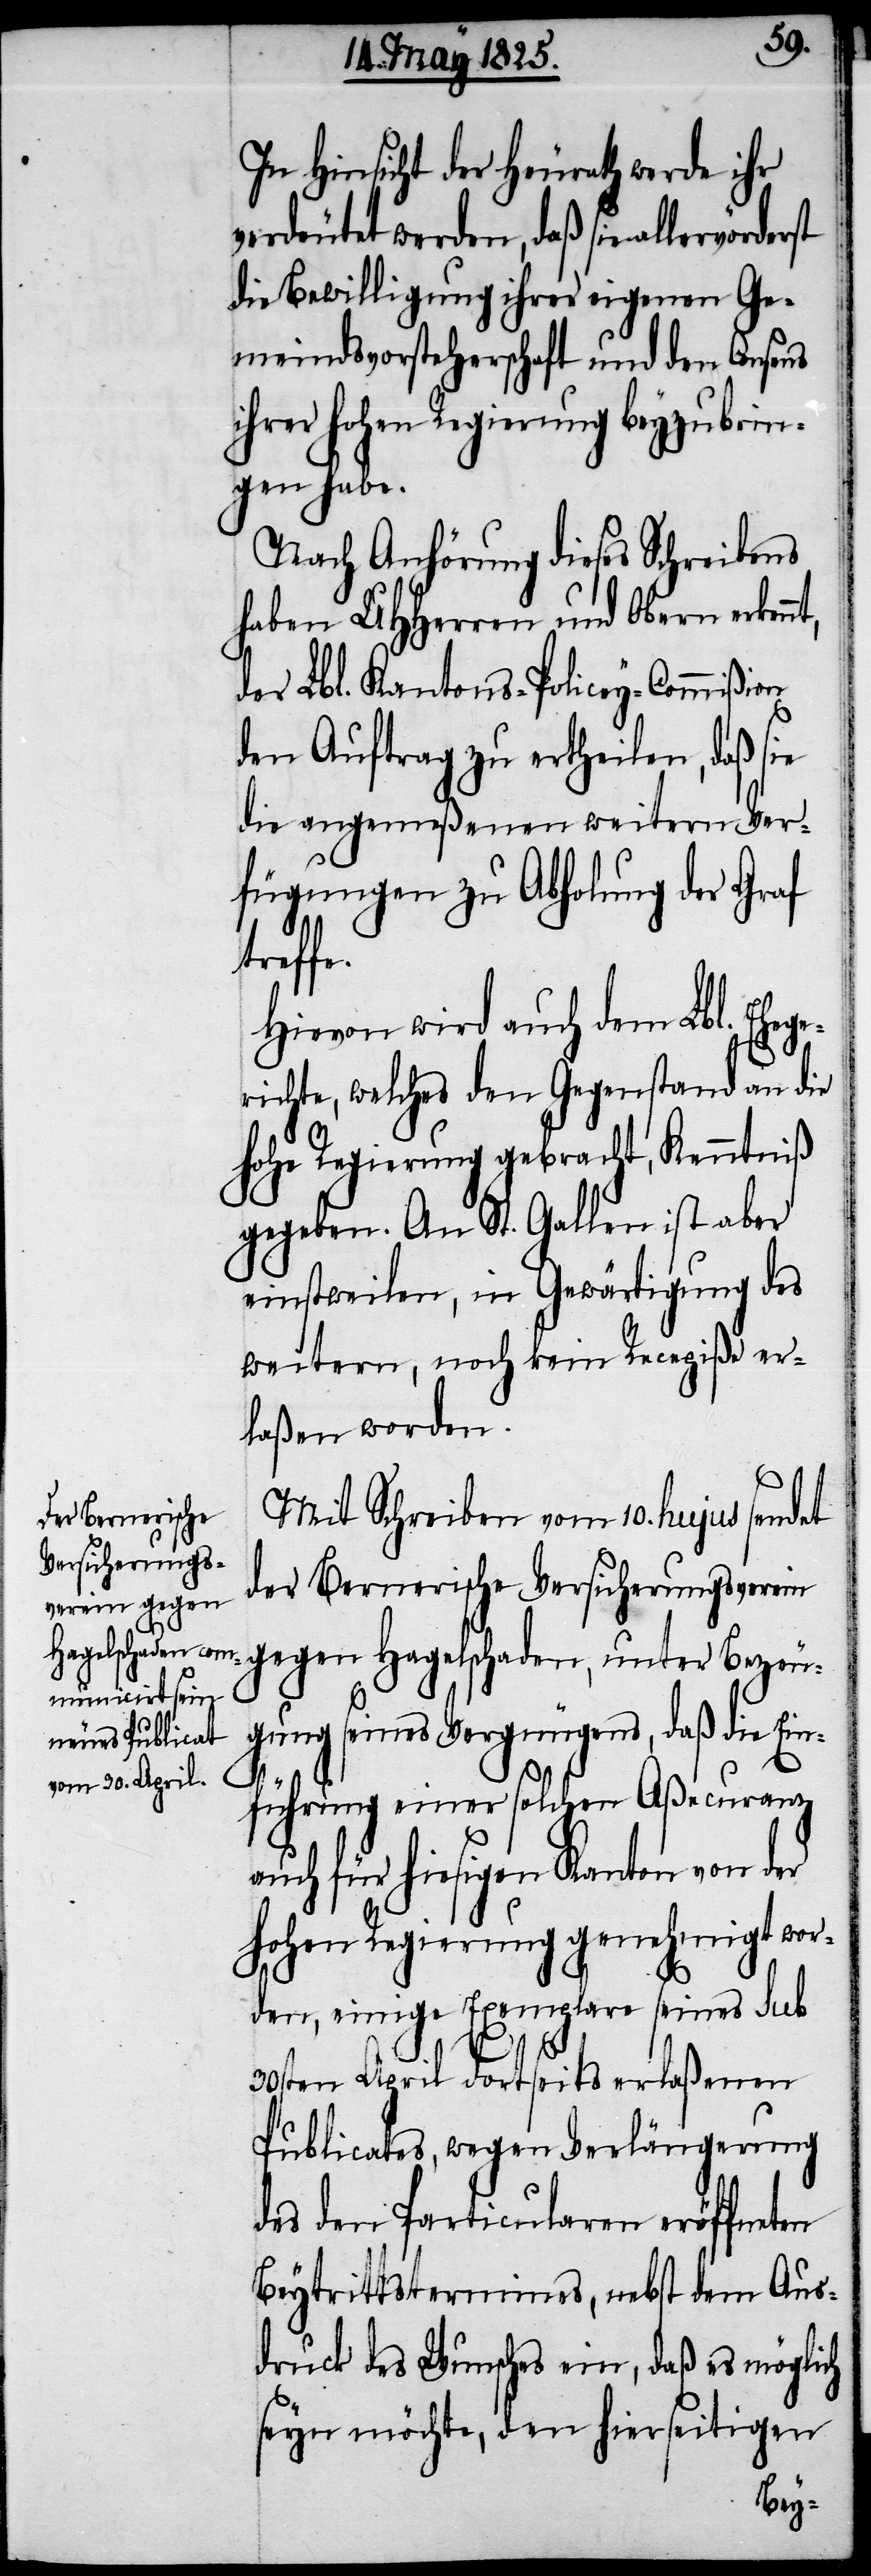
In Hinsicht der Heurath werde ihr
verdeutet werden, daß sie allervörder¬
die Bewilligung ihrer eigenen Ge¬
meindsvorsteherschaft und den Consens
ihrer hohen Regierung beyzubrin¬
gen habe.
Nach Anhörung dieses Schreibens
haben UHHerren und Obern erken¬
der Lbl. Kantons-Policey-Commißion
den Auftrag zu ertheilen, daß sie
die angemeßenen weitern Ver¬
fügungen zu Abholung der Graf
treff¬
Hievon wird auch dem Lbl. Ehege¬
richte, welches den Gegenstand an die
hohe Regierung gebracht, Kenntniß
gegeben. An St. Gallen ist aber
einstweilen, in Gewärtigung des
weitern, noch kein Recepiße er¬
laßen worden.
Mit Schreiben vom 10. hujus sendet
der Bernerische Versicherungsverein
gegen Hagelschaden, unter Bezeu¬
gung seines Vergnügens, daß die Ein¬
e.
führung einer solchen Aßecuranz
auch für hiesigen Kanton von der
hohen Regierung genehmigt wor¬
den, einige Exemplare seines sub
30sten April dortseits erlaßenen
Publicates, wegen Verlängerung
des den Particularen eröffneten
Beytrittstermines, nebst dem Aus¬
druck des Wunsches ein, daß es möglich
seyn möchte, den hierseitigen